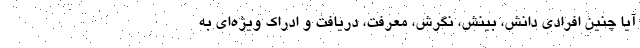
آیا چنین افرادی دانش، بینش، نگرش، معرفت، دریافت و ادراک ویژه‌ای به